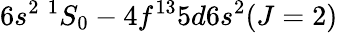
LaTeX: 6s^{2}~^{1}S_{0}-4f^{13}5d6s^{2}(J=2)